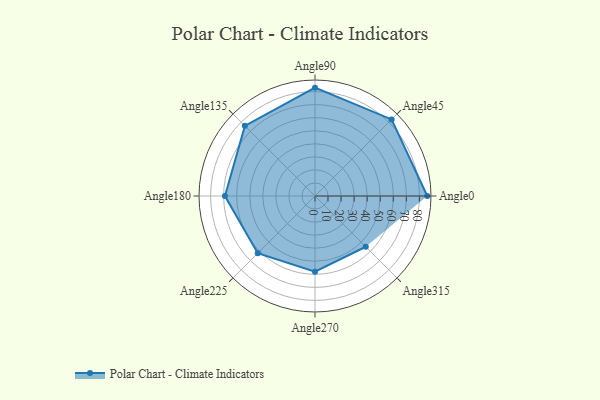
{"axis": {"x": "Angle", "y": "Radius"}, "legend": [""], "data": [{"x": "Angle0", "y": 86.0, "type": ""}, {"x": "Angle45", "y": 83.0, "type": ""}, {"x": "Angle90", "y": 83.0, "type": ""}, {"x": "Angle135", "y": 76.0, "type": ""}, {"x": "Angle180", "y": 69.0, "type": ""}, {"x": "Angle225", "y": 62.0, "type": ""}, {"x": "Angle270", "y": 58.0, "type": ""}, {"x": "Angle315", "y": 55.0, "type": ""}]}